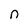
Character: n